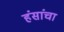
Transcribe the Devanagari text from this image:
हंसांचा